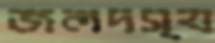
জলদস্য